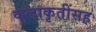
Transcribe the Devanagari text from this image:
कलाकृतींसह